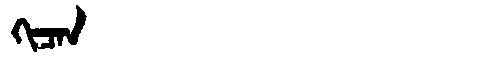
Manchu: ᡴᡳᠴᠠᠨ
Romanization: KICAN